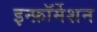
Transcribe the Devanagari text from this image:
इन्फ़ॉर्मेशन